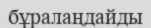
бұралаңдайды